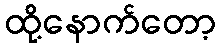
ထို့နောက်တော့